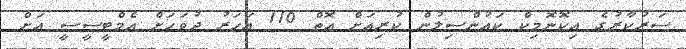
ސަރުކާރުގެ އިކޮނޮމިކް ކައުންސިލުން ކުރިއަށް އޮތް 110 އަހަރު ދުވަހަށް އެމްޓީސީސީ އަށް